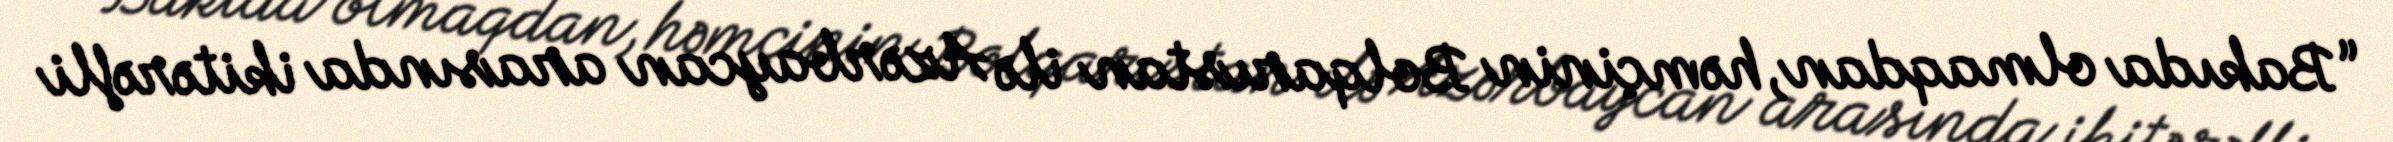
“Bakıda olmaqdan, həmçinin Bolqarıstan ilə Azərbaycan arasında ikitərəfli